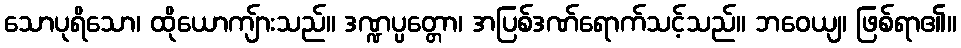
သောပုရိသော၊ ထိုယောကျ်ားသည်။ ဒဏ္ဍပ္ပတ္တော၊ အပြစ်ဒဏ်ရောက်သင့်သည်။ ဘဝေယျ၊ ဖြစ်ရာ၏။